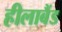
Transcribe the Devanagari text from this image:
हीलाबैंड